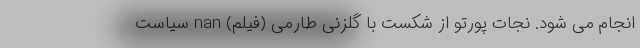
انجام می شود. نجات پورتو از شکست با گلزنی طارمی (فیلم) nan سیاست